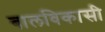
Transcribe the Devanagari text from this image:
बालविकासी